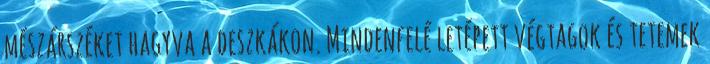
mészárszéket hagyva a deszkákon. Mindenfelé letépett végtagok és tetemek